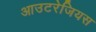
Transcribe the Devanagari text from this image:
आउटरेजियस